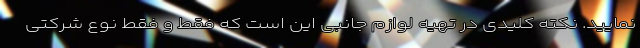
نمایید. نکته کلیدی در تهیه لوازم جانبی این است که فقط و فقط نوع شرکتی